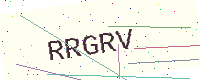
Text: RRGRV